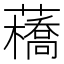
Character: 𧂼